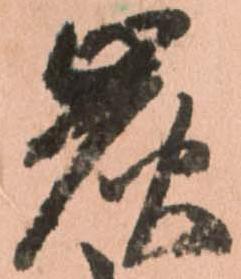
炭